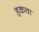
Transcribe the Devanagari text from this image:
हकवा